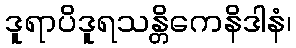
ဒူရာပိဒူရသန္တိကေနိဒါနံ၊